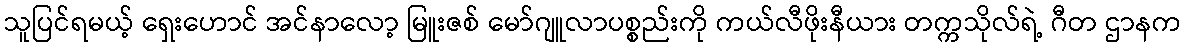
သူပြင်ရမယ့် ရှေးဟောင် အင်နာလော့ မြူးဇစ် မော်ဂျူလာပစ္စည်းကို ကယ်လီဖိုးနီယား တက္ကသိုလ်ရဲ့ ဂီတ ဌာနက